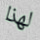
لهذا